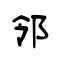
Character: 邻